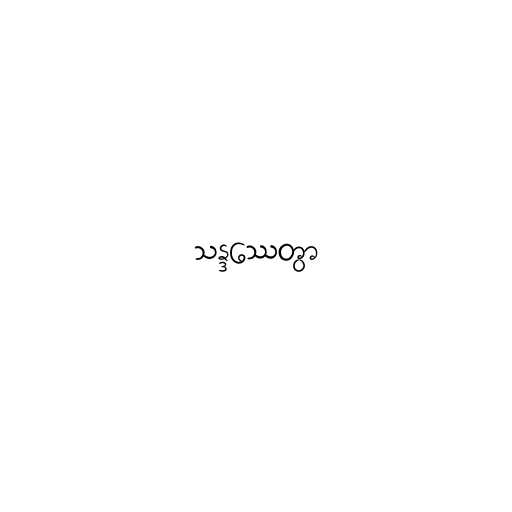
သန္ဒဿေတွာ